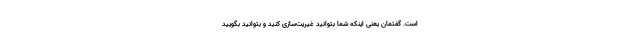
است. گفتمان یعنی اینکه شما بتوانید غیریت‌سازی کنید و بتوانید بگویید